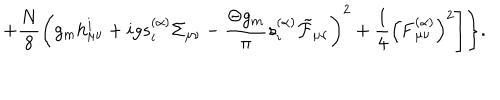
LaTeX: + \frac { N } { 8 } \left( g _ { m } h _ { \mu \nu } ^ { i } + i g s _ { i } ^ { ( \alpha ) } \Sigma _ { \mu \nu } - \frac { \Theta g _ { m } } { \pi } s _ { i } ^ { ( \alpha ) } \tilde { \cal F } _ { \mu \nu } \right) ^ { 2 } + \frac 1 4 \left( { \bf F } _ { \mu \nu } ^ { ( \alpha ) } \right) ^ { 2 } \Biggr ] \Biggr \} .